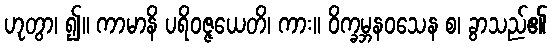
ဟုတွာ၊ ၍။ ကာမာနိ ပရိဝဇ္ဇယေတိ၊ ကား။ ဝိက္ခမ္ဘနဝသေန စ၊ ခွာသည်၏